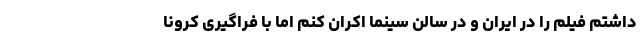
داشتم فیلم را در ایران و در سالن سینما اکران کنم اما با فراگیری کرونا